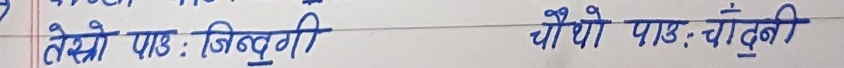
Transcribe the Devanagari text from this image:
तेस्रो पाठ : जिन्दगी चौथो पाठ : चाँदनी